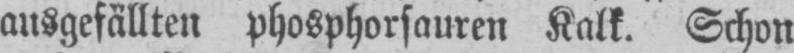
ausgefällten phosphorsauren Kalk. Schon